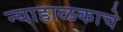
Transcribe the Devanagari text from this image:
न्याहाळकाचे